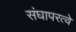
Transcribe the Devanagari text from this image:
संघापरत्वे